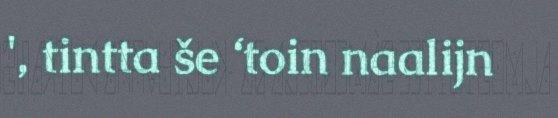
', tintta še ‘toin naalijn